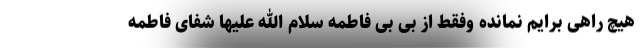
هیچ راهی برایم نمانده وفقط از بی بی فاطمه سلام الله علیها شفای فاطمه